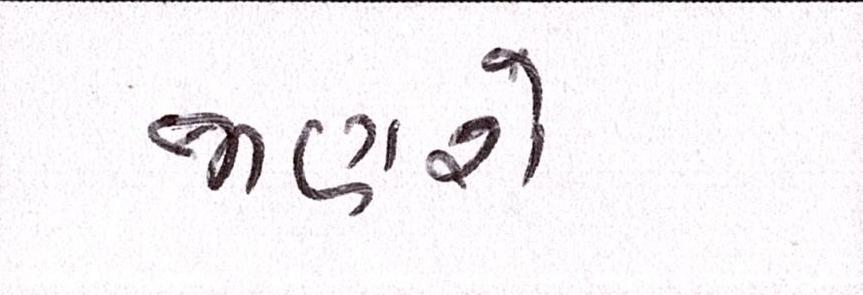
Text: જાણશે